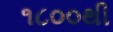
૧૮૦૦થી